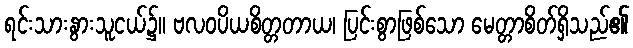
ရင်းသားနွားသူငယ်၌။ ဗလဝပိယစိတ္တတာယ၊ ပြင်းစွာဖြစ်သော မေတ္တာစိတ်ရှိသည်၏